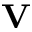
\mathbf { V }